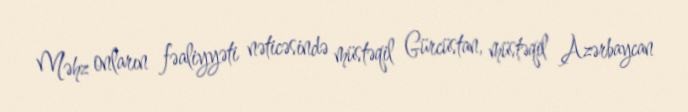
Məhz onların fəaliyyəti nəticəsində müstəqil Gürcüstan, müstəqil Azərbaycan